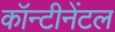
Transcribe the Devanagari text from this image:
कॉन्टीनेंटल